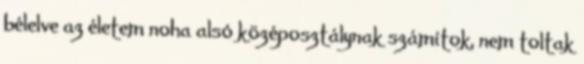
bélelve az életem noha alsó középosztálynak számítok, nem toltak